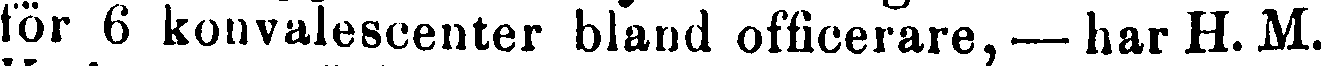
för 6 konvalescenter bland officerare, — har H. M.